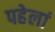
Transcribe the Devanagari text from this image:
पहेलां